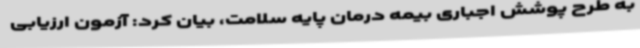
به طرح پوشش اجباری بیمه درمان پایه سلامت، بیان کرد: آزمون ارزیابی